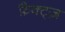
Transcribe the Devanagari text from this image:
फ़ैक्ट्ज़